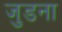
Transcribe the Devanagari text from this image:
जुडना